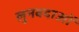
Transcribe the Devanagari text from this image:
लुनवदाओं